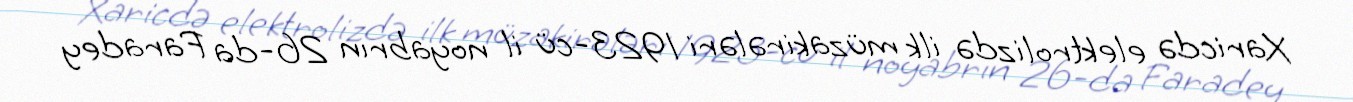
Xaricdə elektrolizdə ilk müzakirələri 1923-cü il noyabrın 26-da Faradey